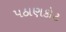
પઠાણકોટ